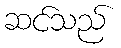
ဆင်သည်